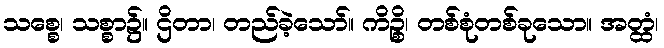
သစ္စေ၊ သစ္စာ၌။ ဌိတာ၊ တည်ခဲ့သော်။ ကိဉ္စိ၊ တစ်စုံတစ်ခုသော။ အတ္ထံ၊